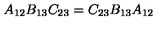
A _ { 1 2 } B _ { 1 3 } C _ { 2 3 } = C _ { 2 3 } B _ { 1 3 } A _ { 1 2 }